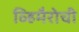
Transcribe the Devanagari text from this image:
व्हिमैरोची